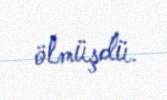
ölmüşdü.